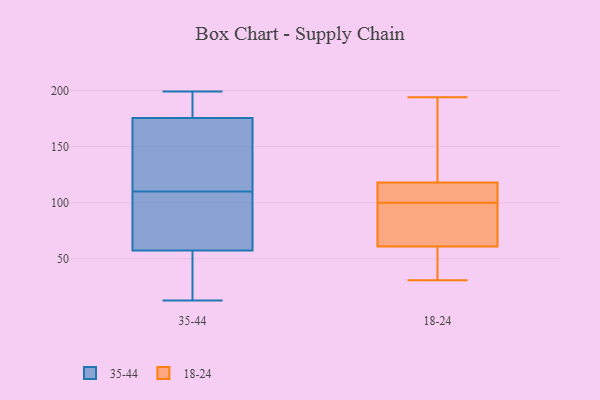
{"axis": {"x": "Shipments", "y": "Value"}, "legend": ["18-24", "35-44"], "data": [{"x": "", "y": 181, "type": "35-44"}, {"x": "", "y": 46, "type": "35-44"}, {"x": "", "y": 99, "type": "35-44"}, {"x": "", "y": 158, "type": "35-44"}, {"x": "", "y": 187, "type": "35-44"}, {"x": "", "y": 13, "type": "35-44"}, {"x": "", "y": 19, "type": "35-44"}, {"x": "", "y": 199, "type": "35-44"}, {"x": "", "y": 69, "type": "35-44"}, {"x": "", "y": 121, "type": "35-44"}, {"x": "", "y": 97, "type": "35-44"}, {"x": "", "y": 170, "type": "35-44"}, {"x": "", "y": 194, "type": "18-24"}, {"x": "", "y": 58, "type": "18-24"}, {"x": "", "y": 65, "type": "18-24"}, {"x": "", "y": 92, "type": "18-24"}, {"x": "", "y": 108, "type": "18-24"}, {"x": "", "y": 112, "type": "18-24"}, {"x": "", "y": 61, "type": "18-24"}, {"x": "", "y": 158, "type": "18-24"}, {"x": "", "y": 31, "type": "18-24"}, {"x": "", "y": 118, "type": "18-24"}]}